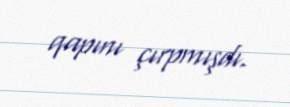
qapını çırpmışdı.